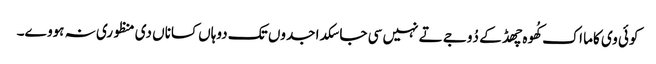
کوئی وی کاما اک کُھوہ چھڈ کے دُوجے تے نہیں سی جا سکدا جدوں تک دوہاں کساناں دی منظوری نہ ہووے۔